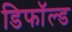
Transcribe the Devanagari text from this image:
डिफॉल्ड